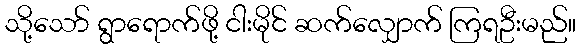
သို့သော် ရွာရောက်ဖို့ ငါးမိုင် ဆက်လျှောက် ကြရဦးမည်။